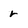
Character: r